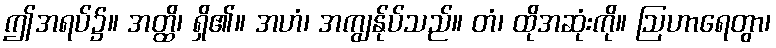
ဤအရပ်၌။ အတ္ထိ၊ ရှိ၏။ အဟံ၊ အကျွန်ုပ်သည်။ တံ၊ ထိုအဆုံးကို။ ဩဟာရေတွာ၊